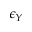
\epsilon _ { Y }